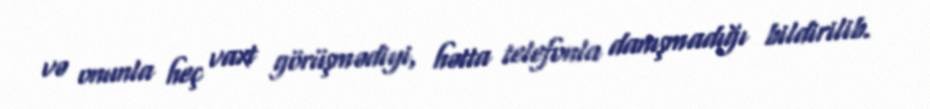
və onunla heç vaxt görüşmədiyi, hətta telefonla danışmadığı bildirilib.